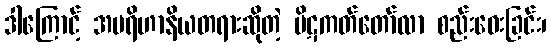
ဒါကြောင့် အပရိဟာနိယတရားဆိုတဲ့ ပိဋကတ်တော်လာ စည်းဝေးခြင်း၊